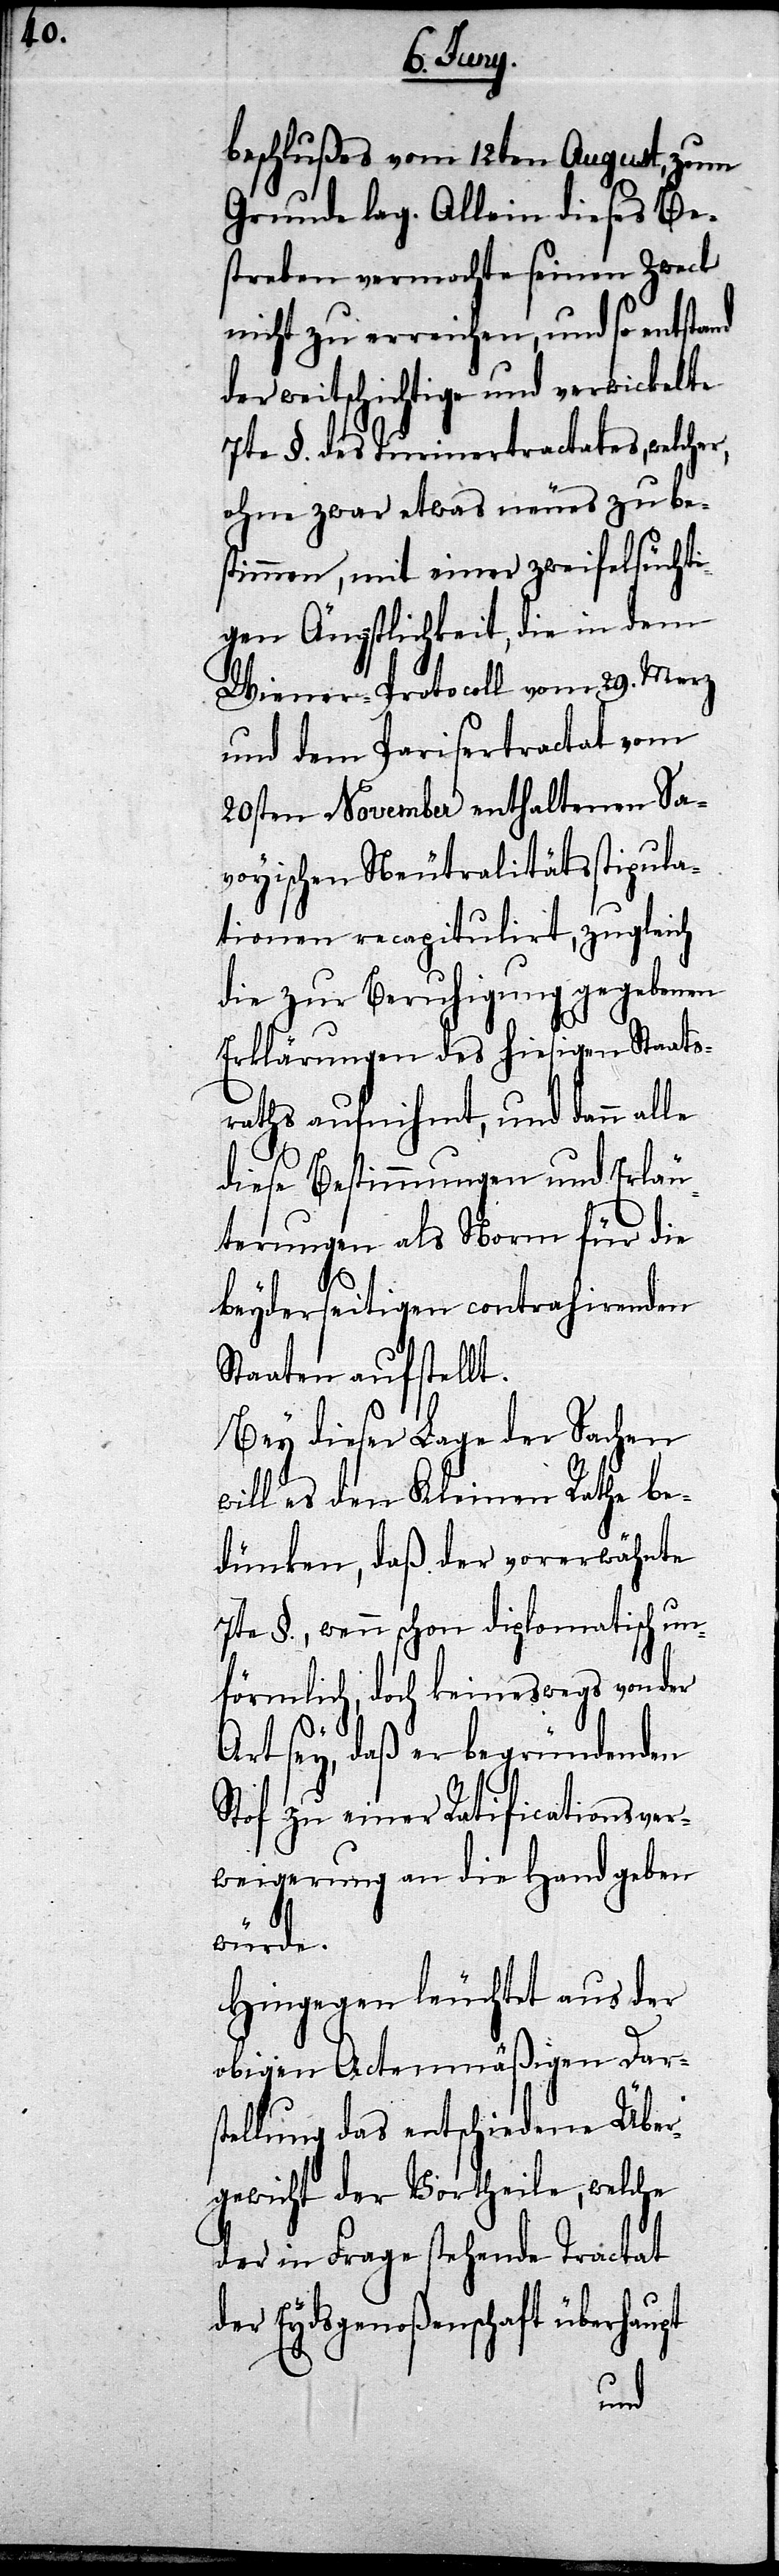
beschlußes vom 12ten August, zum
Grunde lag. Allein dieses Be¬
streben vermochte seinen Zweck
nicht zu erreichen, und so entstand
der weitschichtige und verwickelte
7te §. des Turinertractates, welcher,
ohne zwar etwas neues zu be¬
stimmen, mit einer zweifelsüchti¬
gen Ängstlichkeit, die in dem
und dem Parisertractat vom
20sten November enthaltenen Sa¬
voyischen Neutralitätsstipula¬
tionen recapitulirt, zugleich
die zur Beruhigung gegebenen
Erklärungen des hiesigen Staats¬
raths aufnihmt, und dann
diese Bestimmungen und Erläu¬
terungen als Norm für die
beyderseitigen contrahirenden
Staaten aufstellt.
Bey dieser Lage der Sachen
will es den Kleinen Rathe be¬
dünken, daß der vorerwähnte
7te §. wenn schon diplomatisch un¬
förmlich, doch keineswegs von der
Art sey, daß er begründenden
Stof zu einer Ratificationsver¬
weigerung an die Hand geben
würde.
Hingegen leuchtet aus der
obigen Actenmäßigen Dar¬
stellung das entschiedene Über¬
gewicht der Vortheile, welche
der in Frage stehende Tractat
der Eydsgenoßenschaft überhau¬
pt